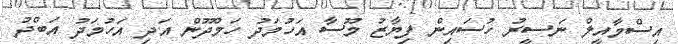
އިސްމާއީލް ނަސީރު ހުސައިން ފިޔާޒު މޫސާ އަހުމަދު ހަމްދޫން އަދި އަހުމަދު އަބްދު